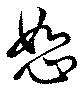
恕